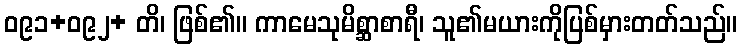
ဝ၉၁+ဝ၉၂+ တိ၊ ဖြစ်၏။ ကာမေသုမိစ္ဆာစာရီ၊ သူ၏မယားကိုပြစ်မှားတတ်သည်။